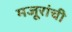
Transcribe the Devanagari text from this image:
मजूरांची